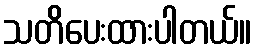
သတိပေးထားပါတယ်။